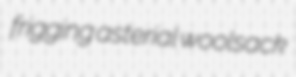
frigging asterial woolsack